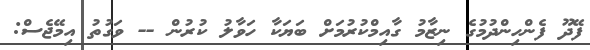
ފޭދޫ ފެންހިންދުމުގެ ނިޒާމު ގާއިމްކުރުމަށް ބަޔަކާ ހަވާލު ކުރުން -- ވަގުތު އިމޭޖެސް: